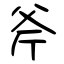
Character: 斧